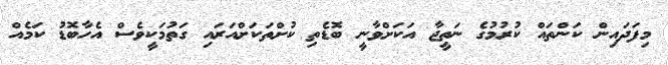
މިފަދައިން ކަންތައް ކުރުމުގެ ނަތީޖާ އަކަށްވާނީ ބޮޑެތި ކުށްތަކަށްއަރައި ގަތުމަކީވެސް އެހާބޮޑު ކަމެއް